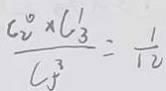
\frac { C _ { 2 } ^ { 0 } \times C _ { 3 } ^ { 1 } } { C _ { 5 } ^ { 3 } } = \frac { 1 } { 1 2 }